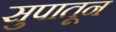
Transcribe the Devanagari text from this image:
सुपातून